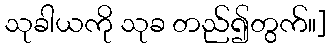
သုခါယကို သုခ တည်၍တွက်။]